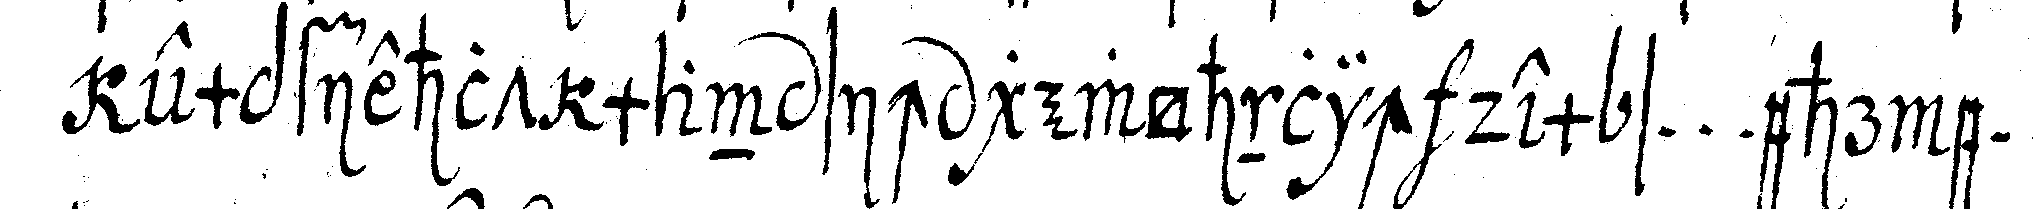
empfiehlt man sich gewöhnlich dem s ... ehr e ...